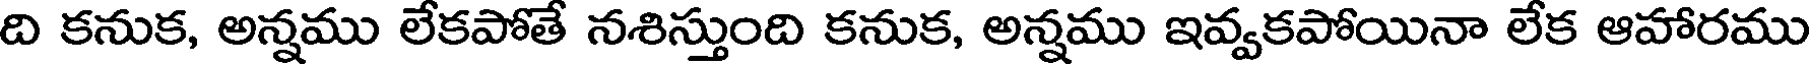
ది కనుక, అన్నము లేకపోతే నశిస్తుంది కనుక, అన్నము ఇవ్వకపోయినా లేక ఆహారము